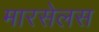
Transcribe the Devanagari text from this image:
मारसेलस